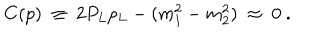
LaTeX: C ( p ) \ \equiv \ 2 P _ { L } p _ { L } - ( m _ { 1 } ^ { 2 } - m _ { 2 } ^ { 2 } ) \ \approx \ 0 \ .